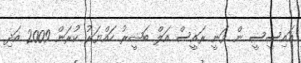
އައިސީސީ ން ވަނީ ރައީސް އަލް ބަޝީރު ހައްޔަރު ކުރަން 2009 އަދި